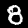
Digit: 8